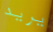
يريد